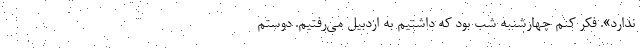
ندارد». فکر کنم چهارشنبه شب بود که داشتیم به اردبیل می‌رفتیم. دوستم